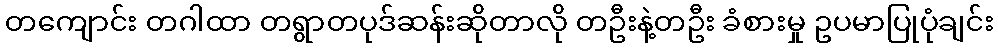
တကျောင်း တဂါထာ တရွာတပုဒ်ဆန်းဆိုတာလို တဦးနဲ့တဦး ခံစားမှု ဥပမာပြုပုံချင်း